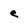
Character: e